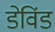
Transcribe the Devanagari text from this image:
डेविंड